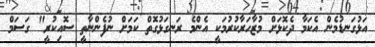
އަޅުގަނޑުމެން އެކަމާ ދެކޮޅަށް މުޒާހަރާކުރުމަކީ އެންމެ ރަނގަޅުގޮތް ކަމަށް ނުފެންނާތީ ސޮއިކުރީ" ގަސަމް